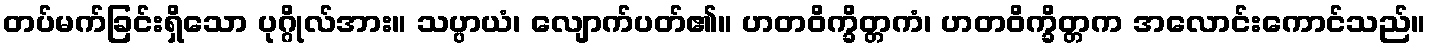
တပ်မက်ခြင်းရှိသော ပုဂ္ဂိုလ်အား။ သပ္ပာယံ၊ လျောက်ပတ်၏။ ဟတဝိက္ခိတ္တကံ၊ ဟတဝိက္ခိတ္တက အလောင်းကောင်သည်။